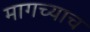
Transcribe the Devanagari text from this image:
मागच्याच